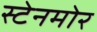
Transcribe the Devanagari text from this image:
स्टेनमोर